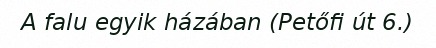
A falu egyik házában (Petőfi út 6.)